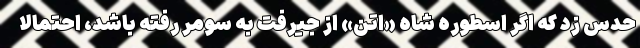
حدس زد که اگر اسطوره شاه «اِتَنَ» از جیرفت به سومر رفته باشد، احتمالا